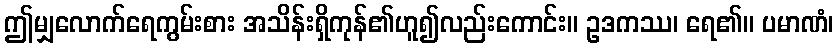
ဤမျှလောက်ရေကွမ်းစား အသိန်းရှိကုန်၏ဟူ၍လည်းကောင်း။ ဥဒကဿ၊ ရေ၏။ ပမာဏံ၊